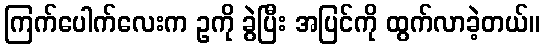
ကြက်ပေါက်လေးက ဥကို ခွဲပြီး အပြင်ကို ထွက်လာခဲ့တယ်။